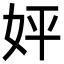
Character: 㛁